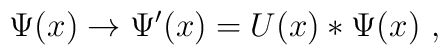
\Psi(x) \to \Psi'(x)  =  U(x)*\Psi(x) \ ,